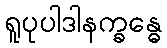
ရူပုပါဒါနက္ခန္ဓေ